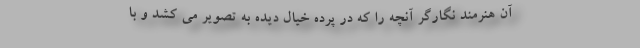
آن هنرمند نگارگر آنچه را که در پرده خیال دیده به تصویر می ‌کشد و با